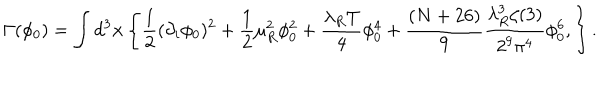
\Gamma ( \phi _ { 0 } ) = \int d ^ { 3 } { \bf x } \left\{ \frac { 1 } { 2 } ( \partial _ { i } \phi _ { 0 } ) ^ { 2 } + \frac { 1 } { 2 } \mu _ { R } ^ { 2 } \phi _ { 0 } ^ { 2 } + \frac { \lambda _ { R } T } { 4 } \phi _ { 0 } ^ { 4 } + \frac { ( N + 2 6 ) } { 9 } \frac { \lambda _ { R } ^ { 3 } \zeta ( 3 ) } { 2 ^ { 9 } \pi ^ { 4 } } \phi _ { 0 } ^ { 6 } , \right\} .